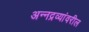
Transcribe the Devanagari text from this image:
अन्नद्रव्यांवरील